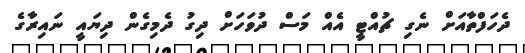
ދެހަފްތާއަށް ނެގި ޗުއްޓީ އެއް މަސް ދުވަހަށް ދިގު ދެމިގެން ދިޔައީ ނައިރާގެ